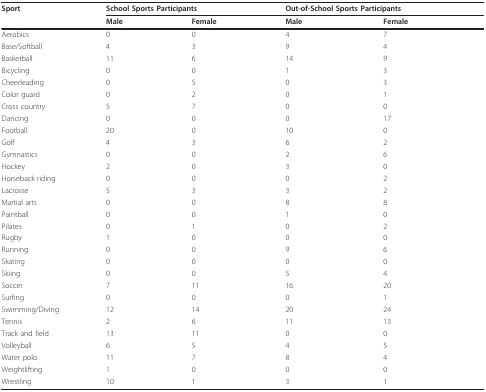
| Sport | <COLSPAN=2> School Sports Participants | <COLSPAN=2> Out-of-School Sports Participants |
 |  | Male | Female | Male | Female |
 | --- | --- | --- | --- | --- |
 | Aerobics | 0 | 0 | 4 | 7 |
 | Base/Softball | 4 | 3 | 9 | 4 |
 | Basketball | 11 | 6 | 14 | 9 |
 | Bicycling | 0 | 0 | 1 | 3 |
 | Cheerleading | 0 | 5 | 0 | 3 |
 | Color guard | 0 | 2 | 0 | 1 |
 | Cross country | 5 | 7 | 0 | 0 |
 | Dancing | 0 | 0 | 0 | 17 |
 | Football | 20 | 0 | 10 | 0 |
 | Golf | 4 | 3 | 6 | 2 |
 | Gymnastics | 0 | 0 | 2 | 6 |
 | Hockey | 2 | 0 | 3 | 0 |
 | Horseback riding | 0 | 0 | 0 | 2 |
 | Lacrosse | 5 | 3 | 3 | 2 |
 | Martial arts | 0 | 0 | 8 | 8 |
 | Paintball | 0 | 0 | 1 | 0 |
 | Pilates | 0 | 1 | 0 | 2 |
 | Rugby | 1 | 0 | 0 | 0 |
 | Running | 0 | 0 | 9 | 6 |
 | Skating | 0 | 0 | 0 | 0 |
 | Skiing | 0 | 0 | 5 | 4 |
 | Soccer | 7 | 11 | 16 | 20 |
 | Surfing | 0 | 0 | 0 | 1 |
 | Swimming/Diving | 12 | 14 | 20 | 24 |
 | Tennis | 2 | 6 | 11 | 13 |
 | Track and field | 13 | 11 | 0 | 0 |
 | Volleyball | 6 | 5 | 4 | 5 |
 | Water polo | 11 | 7 | 8 | 4 |
 | Weightlifting | 1 | 0 | 0 | 0 |
 | Wrestling | 10 | 1 | 3 | 1 |